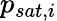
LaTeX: p_{sat,i}